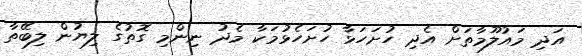
އަދި މައުލޫމާތަށް އެދި ހުށަހަޅާ ހުށަހެޅުމަކާ މެދު ނިންމި ގޮތުގެ ލިޔުން ލިބޭތާ